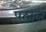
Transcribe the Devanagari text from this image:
पठाल